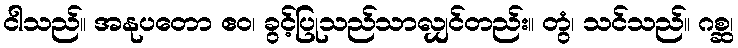
ငါသည်။ အနုပတော ဧဝ၊ ခွင့်ပြုသည်သာလျှင်တည်း။ တွံ၊ သင်သည်။ ဂစ္ဆ၊